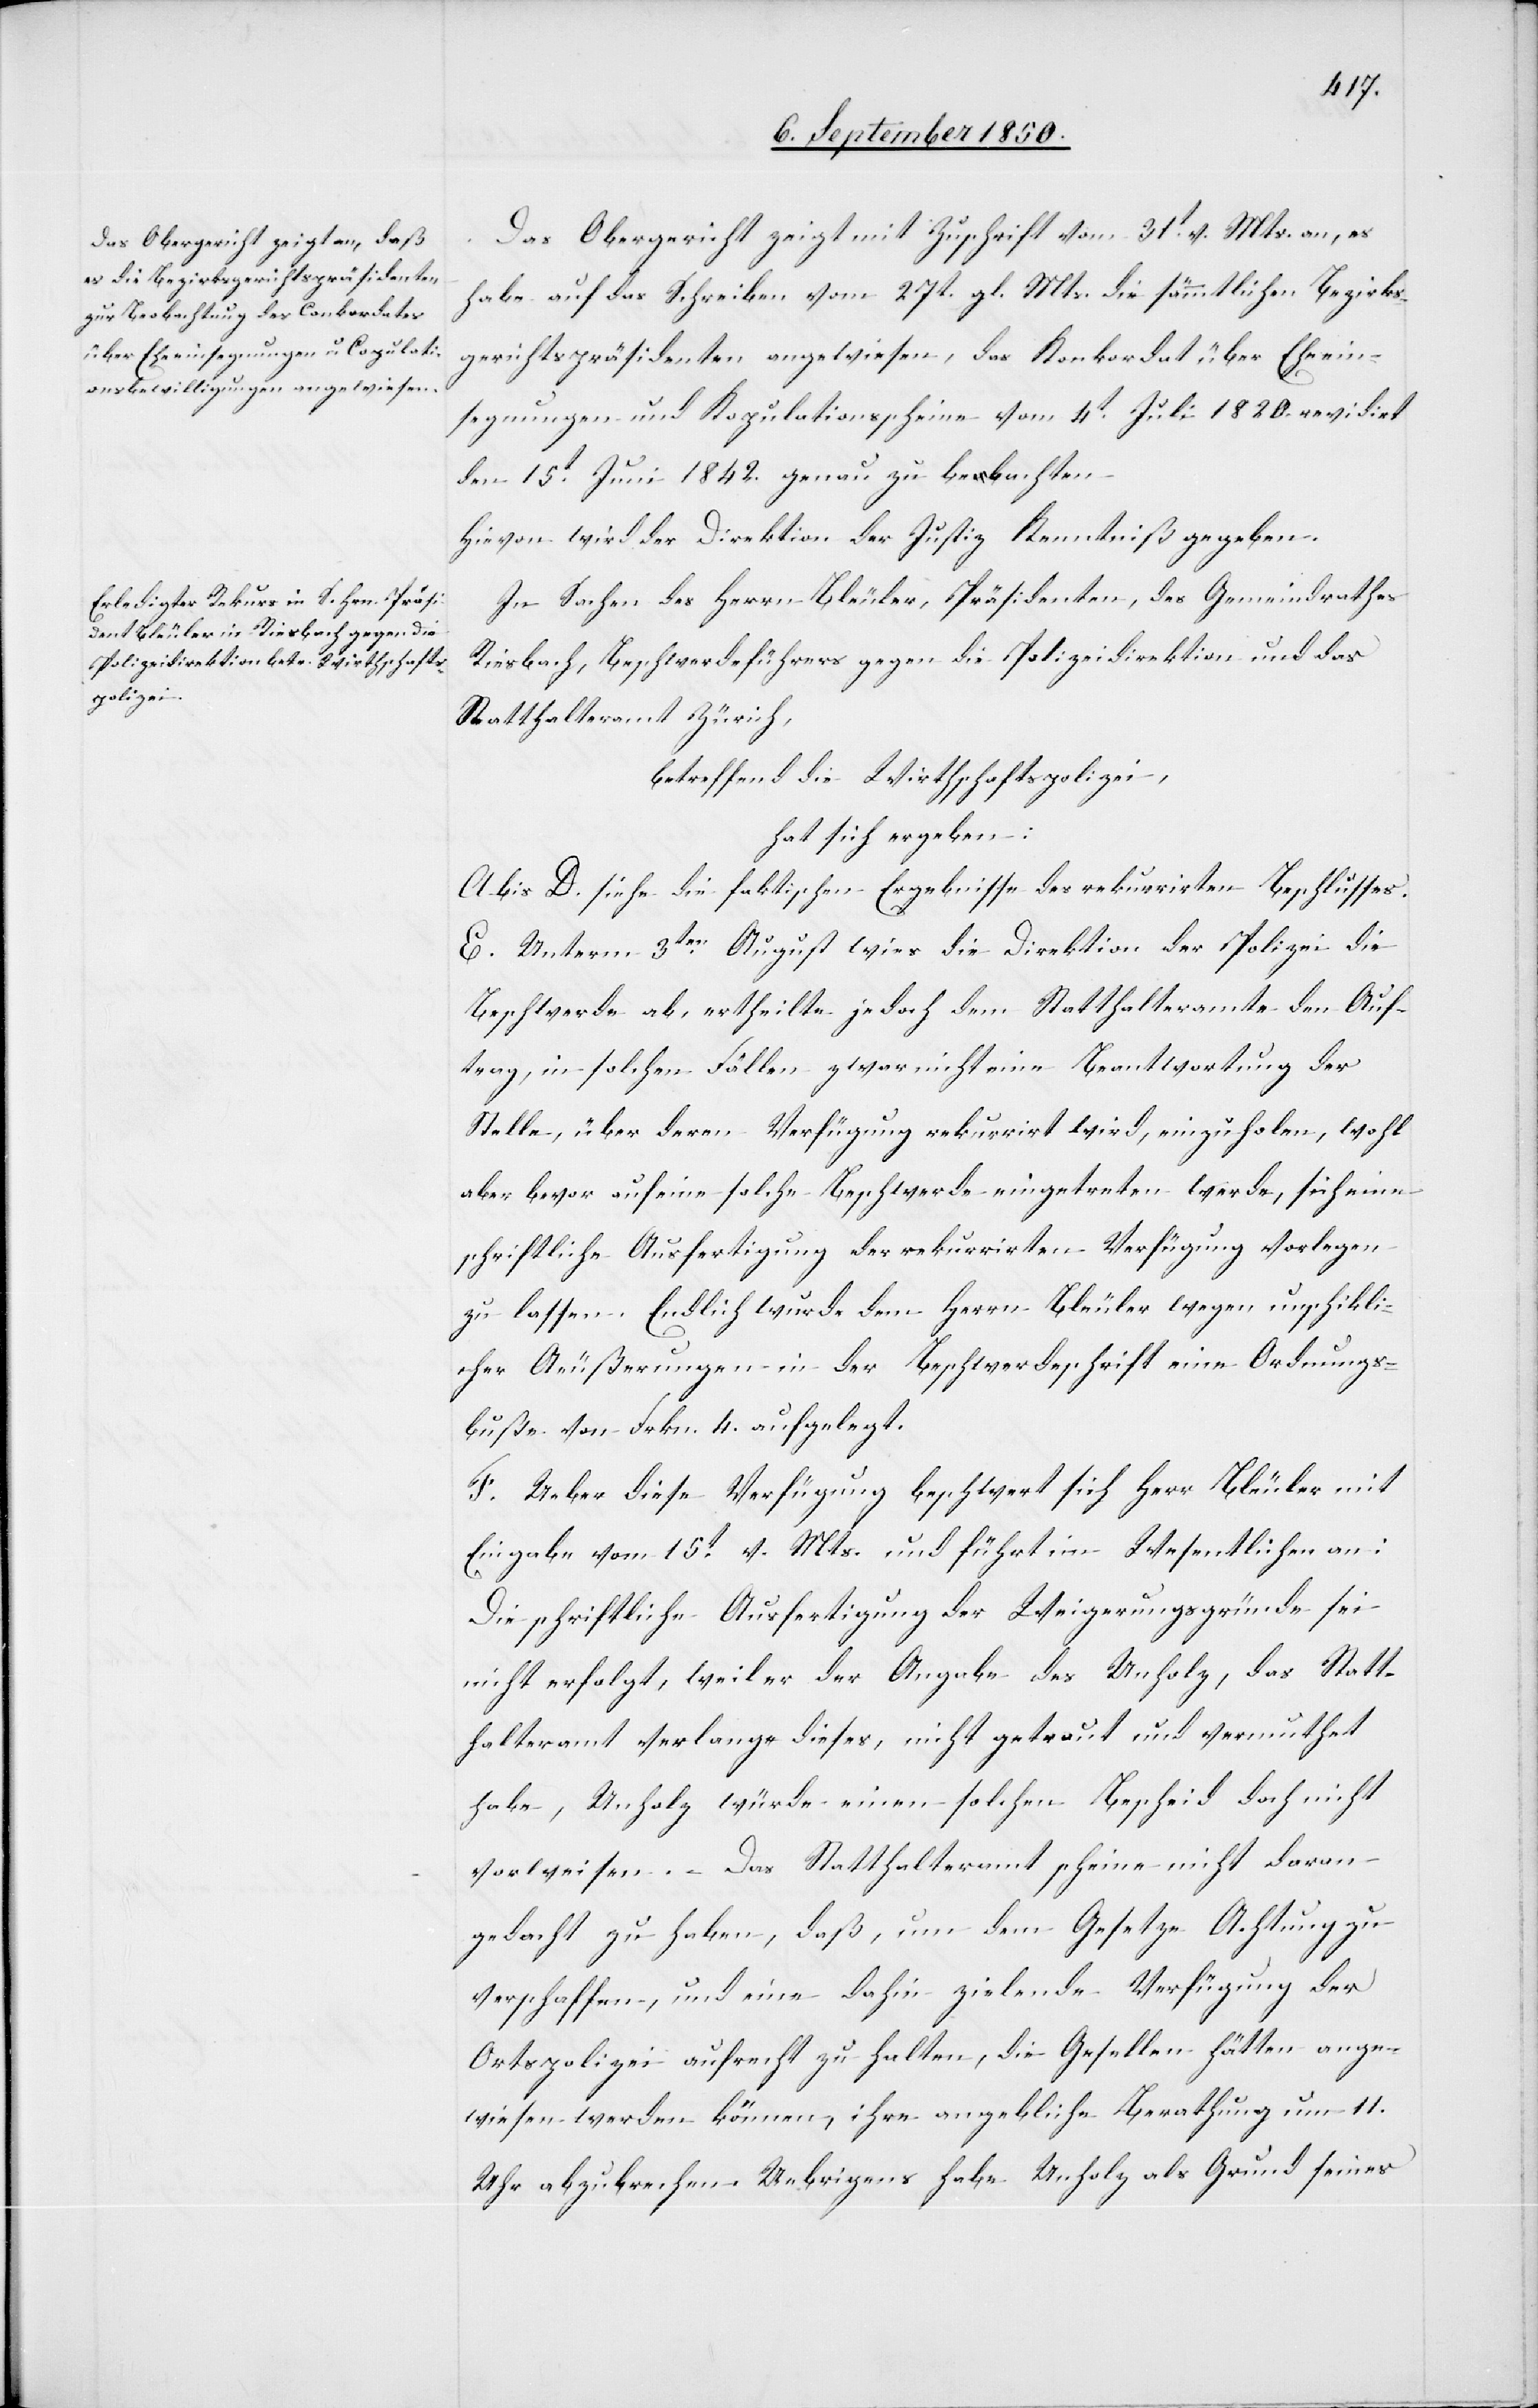
Das Obergericht zeigt mit Zuschrift vom 31t v. Mts. an, es
habe auf das Schreiben vom 27t gl. Mts. die sämmtlichen Bezirks¬
gerichtspräsidenten angewiesen, das Konkordat über Eheein¬
segnungen und Kopulationsscheine vom 4t Juli 1820. revidirt
den 15t Juni 1842. genau zu bechten.
In Sachen des Herrn Bleuler, Präsidenten, des Gemeindrathes
Riesbach, Beschwerdeführers gegen die Polizeidirektion und das
Statthalteramt Zürich,
betreffend die Withschaftspolizei,
hat sich ergeben:
A. bis D. siehe die faktischen Ergebnisse des rekurrirten Beschlusses.
E. Unterm 3ten August wies die Direktion der Polizei die
Beschwerde ab, ertheilte jedoch dem Statthalteramte den Auf¬
trag, in solchen Fällen zwar nicht eine Beantwortung der
Stelle, über deren Verfügung rekurrirt wird, einzuholen, wohl
aber bevor auf eine solche Beschwerde eingetreten werde, sich eine
schriftliche Ausfertigung der rekurrirten Verfügung vorlegen
zu lassen. Endlich wurde dem Herrn Bleuler wegen unschickli¬
cher Aeußerungen in der Beschwerdeschrift eine Ordnungs¬
buße von Frkn. 4. aufgelegt.
F. Ueber diese Verfügung beschwert sich Herr Bleuler mit
Eingabe vom 15t v. Mts. und führt im Wesentlichen an:
Die schriftliche Ausfertigung der Weigerungsgründe sei
nicht erfolgt, weil er der Angabe des Unholz, das Statt¬
halteramt verlange dieses, nicht getraut und vermuthet
habe, Unholz würde einen solchen Bescheid doch nicht
vorweisen. Das Statthalteramt scheine nicht daran
gedacht zu haben, daß, um dem Gesetze Achtung zu
verschaffen, und eine dahin zielende Verfügung der
Ortspolizei aufrecht zu halten, die Gesellen hätten ange¬
wiesen werden können, ihre angebliche Berathung um 11.
Uhr abzubrechen. Uebrigens habe Unholz als Grund seines